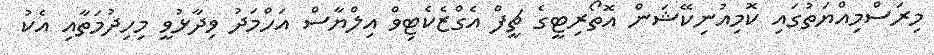
މިރަސްމިއްޔަތުގައި ކޮމިއުނިކޭޝަން އޮތޯރިޓީގެ ޗީފް އެގްޒެކެޓިވް އިލްޔާސް އަހްމަދު ވިދާޅުވީ މިހިދުމަތާއި އެކު